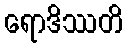
ရောဒိဿတိ